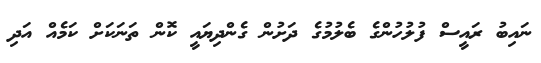
ނައިބު ރައީސް ފުލުހުންގެ ބެލުމުގެ ދަށުން ގެންދިޔައީ ކޮން ތަނަކަށް ކަމެއް އަދި